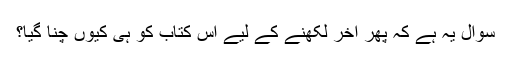
سوال یہ ہے کہ پھر آخر لکھنے کے لیے اس کتاب کو ہی کیوں چنا گیا؟